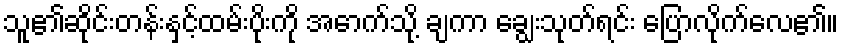
သူ၏ဆိုင်းတန်းနှင့်ထမ်းပိုးကို အောက်သို့ ချကာ ချွေးသုတ်ရင်း ပြောလိုက်လေ၏။